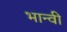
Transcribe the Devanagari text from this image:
भान्वी